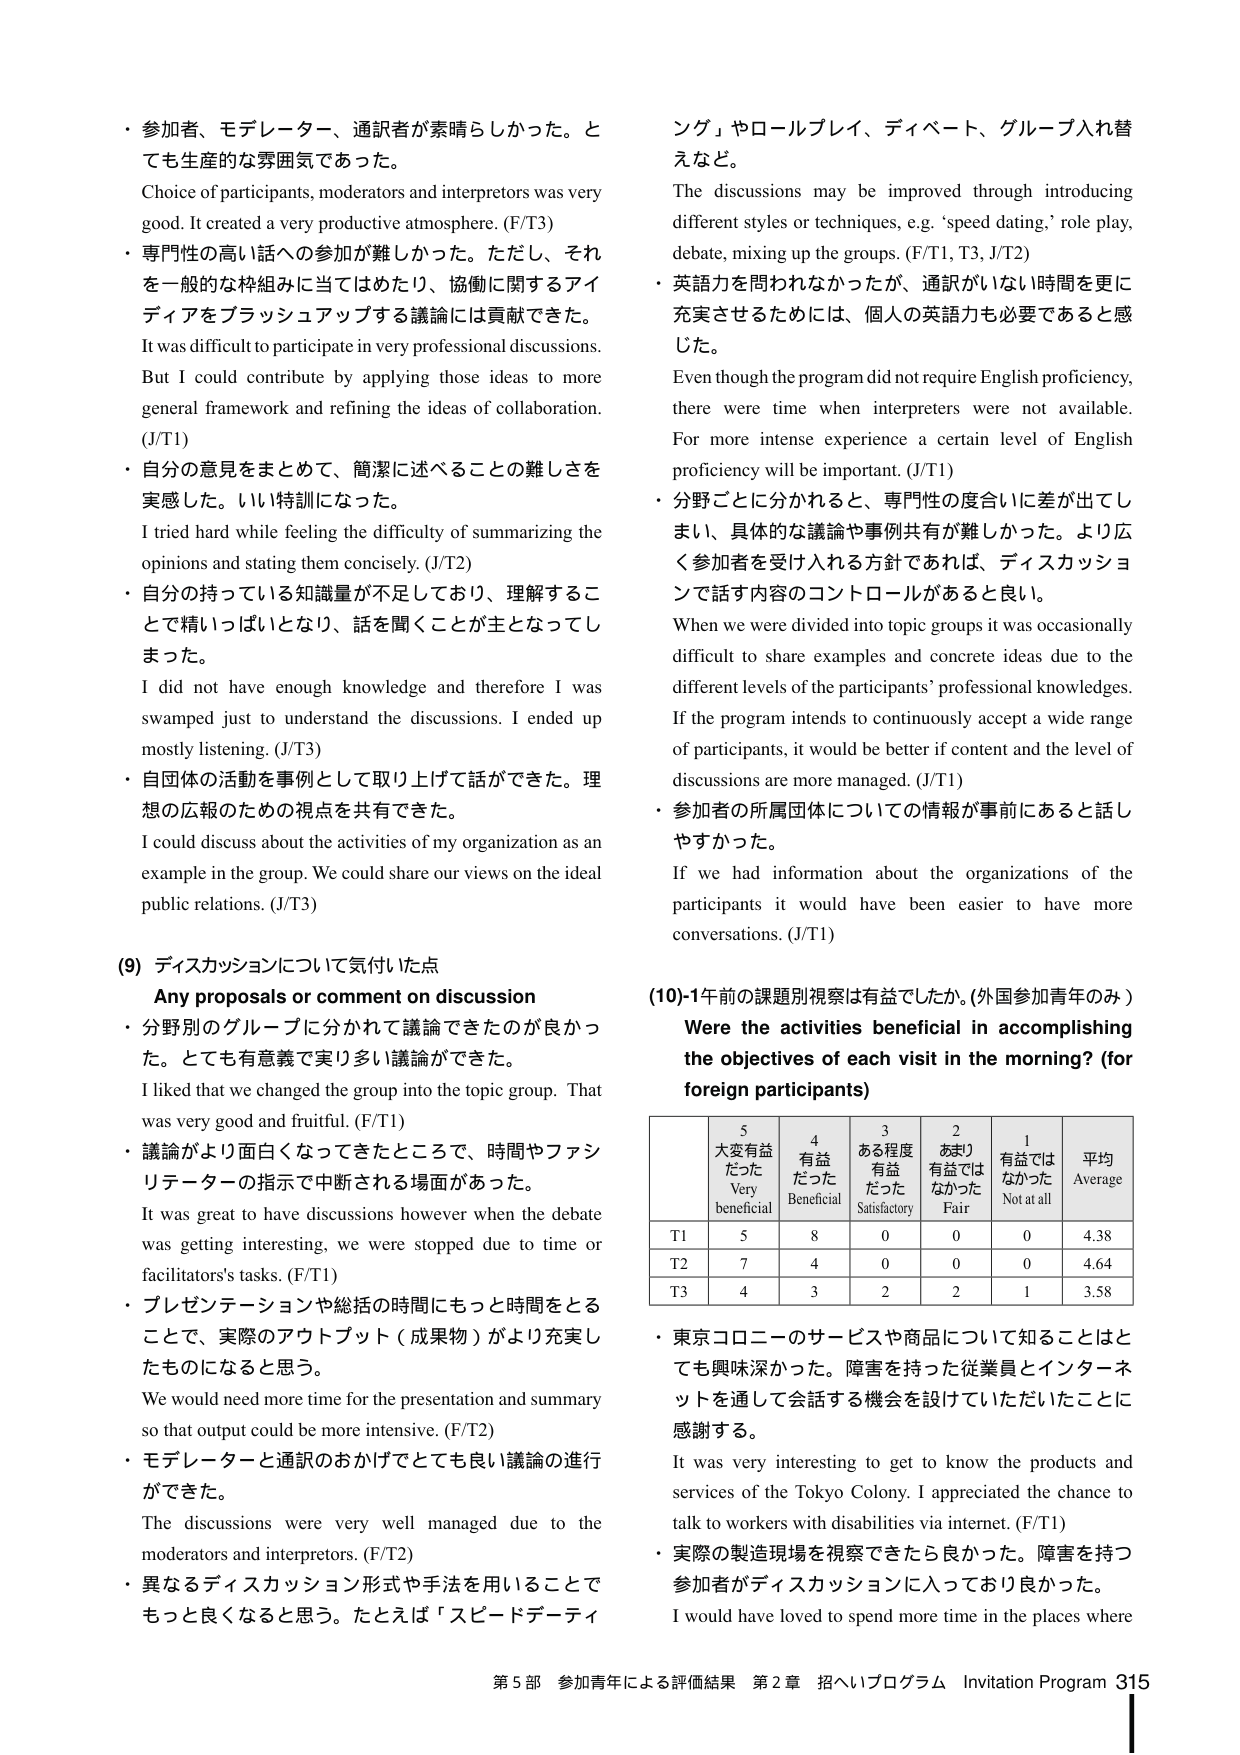
・参加者、モデレーター、通訳者が素晴らしかった。とても生産的な雰囲気であった。
Choice of participants, moderators and interpreters was very good. It created a very productive atmosphere. (F/T3)

・専門性の高い話への参加が難しかった。ただし、それを一般的な枠組みに当てはめたり、協働に関するアイディアをブラッシュアップする議論には貢献できた。
It was difficult to participate in very professional discussions. But I could contribute by applying those ideas to more general framework and refining the ideas of collaboration. (J/T1)

・自分の意見をまとめて、簡潔に述べることの難しさを実感した。いい特訓になった。
I tried hard while feeling the difficulty of summarizing the opinions and stating them concisely. (J/T2)

・自分の持っている知識量が不足しており、理解することに精いっぱいとなり、話を聞くことが主となってしまった。
I did not have enough knowledge and therefore I was swamped just to understand the discussions. I ended up mostly listening. (J/T3)

・自団体の活動を事例として取り上げて話ができた。理想の広報のための視点を共有できた。
I could discuss about the activities of my organization as an example in the group. We could share our views on the ideal public relations. (J/T3)

(9) ディスカッションについて気付いた点
Any proposals or comment on discussion

・分野別のグループに分かれて議論できたのが良かった。とても有意義で実り多い議論ができた。
I liked that we changed the group into the topic group. That was very good and fruitful. (F/T1)

・議論がより面白くなってきたところで、時間やファシリテーターの指示で中断される場面があった。
It was great to have discussions however when the debate was getting interesting, we were stopped due to time or facilitators's tasks. (F/T1)

・プレゼンテーションや総括の時間にもっと時間をとることで、実際のアウトプット（成果物）がより充実したものになると思う。
We would need more time for the presentation and summary so that output could be more intensive. (F/T2)

・モデレーターと通訳のおかげでとても良い議論の進行ができた。
The discussions were very well managed due to the moderators and interpreters. (F/T2)

・異なるディスカッション形式や手法を用いることでもっと良くなると思う。たとえば「スピードデーティング」やロールプレイ、ディベート、グループ入れ替えなど。
The discussions may be improved through introducing different styles or techniques, e.g. ‘speed dating,’ role play, debate, mixing up the groups. (F/T1, T3, J/T2)

・英語力を問われなかったが、通訳がいない時間を更に充実させるためには、個人の英語力も必要であると感じた。
Even though the program did not require English proficiency, there were time when interpreters were not available. For more intense experience a certain level of English proficiency will be important. (J/T1)

・分野ごとに分かれるとき、専門性の度合いに差が出てしまい、具体的な議論や事例共有が難しかった。より広く参加者を受け入れる方針であれば、ディスカッションで話す内容のコントロールがあると良い。
When we were divided into topic groups it was occasionally difficult to share examples and concrete ideas due to the different levels of the participants’ professional knowledges. If the program intends to continuously accept a wide range of participants, it would be better if content and the level of discussions are more managed. (J/T1)

・参加者の所属団体についての情報が事前にあると話しやすかった。
If we had information about the organizations of the participants it would have been easier to have more conversations. (J/T1)

(10)-1年前の課題別視察は有益でしたか。(外国参加青年のみ)
Were the activities beneficial in accomplishing the objectives of each visit in the morning? (for foreign participants)

| | 5 大変有益だった Very beneficial | 4 有益だった Beneficial | 3 ある程度有益だった Satisfactory | 2 あまり有益ではなかった Fair | 1 有益ではなかった Not at all | 平均 Average |
|---|---|---|---|---|---|---|
| T1 | 5 | 8 | 0 | 0 | 0 | 4.38 |
| T2 | 7 | 4 | 0 | 0 | 0 | 4.64 |
| T3 | 4 | 3 | 2 | 2 | 1 | 3.58 |

・東京コロニーのサービスや商品について知ることはとても興味深かった。障害を持った従業員とインターネットを通して会話する機会を設けていただいたことに感謝する。
It was very interesting to get to know the products and services of the Tokyo Colony. I appreciated the chance to talk to workers with disabilities via internet. (F/T1)

・実際の製造現場を視察できたら良かった。障害を持つ参加者がディスカッションに入っており良かった。
I would have loved to spend more time in the places where

第5部 参加青年による評価結果 第2章 招へいプログラム Invitation Program 315